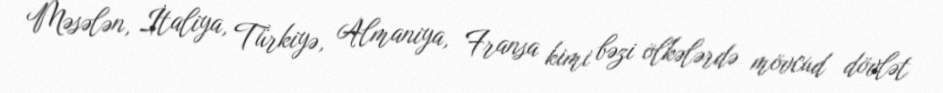
Məsələn, İtaliya, Türkiyə, Almaniya, Fransa kimi bəzi ölkələrdə mövcud dövlət